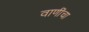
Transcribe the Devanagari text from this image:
वाणींचा